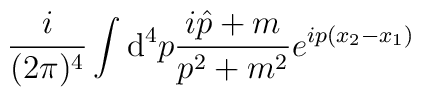
\frac{i}{(2\pi)^4}\int {\mathrm d}^4 p \frac{i \hat{p}+m}{p^2+m^2}e^{i p(x_2-x_1)}